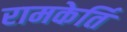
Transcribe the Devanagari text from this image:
रामकेर्ति